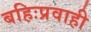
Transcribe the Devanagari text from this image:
बहिःप्रवाही